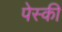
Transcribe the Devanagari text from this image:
पेस्की